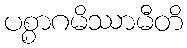
ပစ္စာဂမိဿာမီတိ